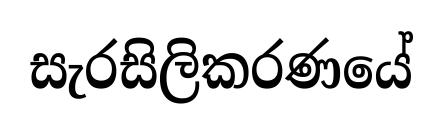
සැරසිලිකරණයේ